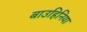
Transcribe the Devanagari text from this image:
बाउहिनिया